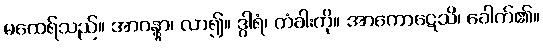
မထေရ်သည်။ အာဂန္တွာ၊ လာ၍။ ဒွါရံ၊ တံခါးကို။ အာကောဋေသိ၊ ခေါက်၏။